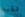
لقبه